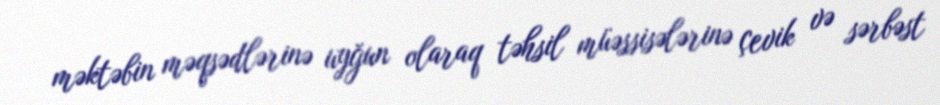
məktəbin məqsədlərinə uyğun olaraq təhsil müəssisələrinə çevik və sərbəst